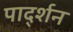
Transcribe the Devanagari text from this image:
पार्द्शन